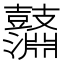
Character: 𪔱